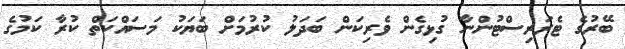
ބޭރުގެ ޓެރަރިސްޓުންނާ ގުޅިގެން ވެރިކަން ބަދަލު ކުރުމަށް ބަޔަކު މަސައްކަތް ކުރާ ކަމުގެ